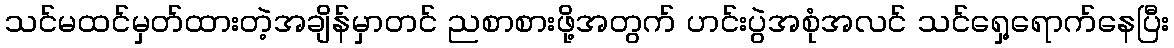
သင်မထင်မှတ်ထားတဲ့အချိန်မှာတင် ညစာစားဖို့အတွက် ဟင်းပွဲအစုံအလင် သင်ရှေ့ရောက်နေပြီး